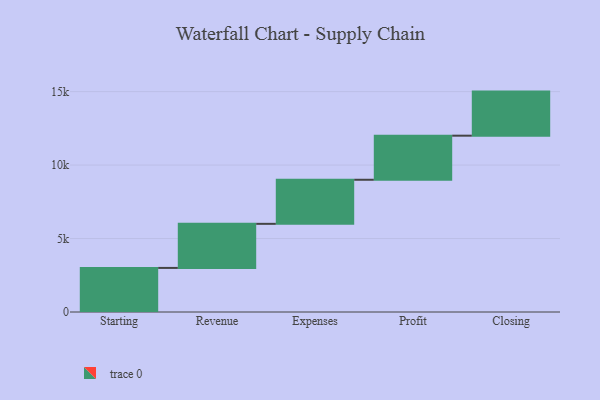
{"axis": {"x": "Step", "y": "Value"}, "legend": [""], "data": [{"x": "Starting", "y": 3000, "type": ""}, {"x": "Revenue", "y": 3000, "type": ""}, {"x": "Expenses", "y": 3000, "type": ""}, {"x": "Profit", "y": 3000, "type": ""}, {"x": "Closing", "y": 3000, "type": ""}]}